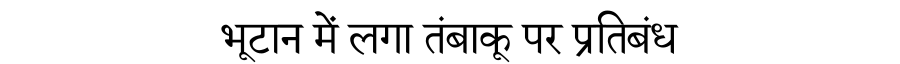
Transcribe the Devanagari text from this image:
भूटान में लगा तंबाकू पर प्रतिबंध